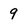
Character: 9